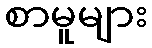
စာမူများ